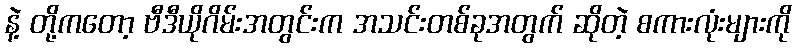
နဲ့ တို့ကတော့ ဗီဒီယိုဂိမ်းအတွင်းက အသင်းတစ်ခုအတွက် ဆိုတဲ့ စကားလုံးများကို